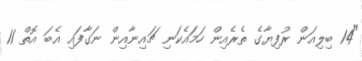
"14 ބިލިއަން ރުފިޔާގެ ތެރެއިން ހަމައެކަނި ޗައިނާއިން ނަގާފައި އެބަ އޮތް 11